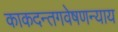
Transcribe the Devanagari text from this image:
काकदन्तगवेषणन्याय